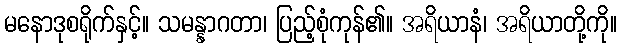
မနောဒုစရိုက်နှင့်။ သမန္နာဂတာ၊ ပြည့်စုံကုန်၏။ အရိယာနံ၊ အရိယာတို့ကို။